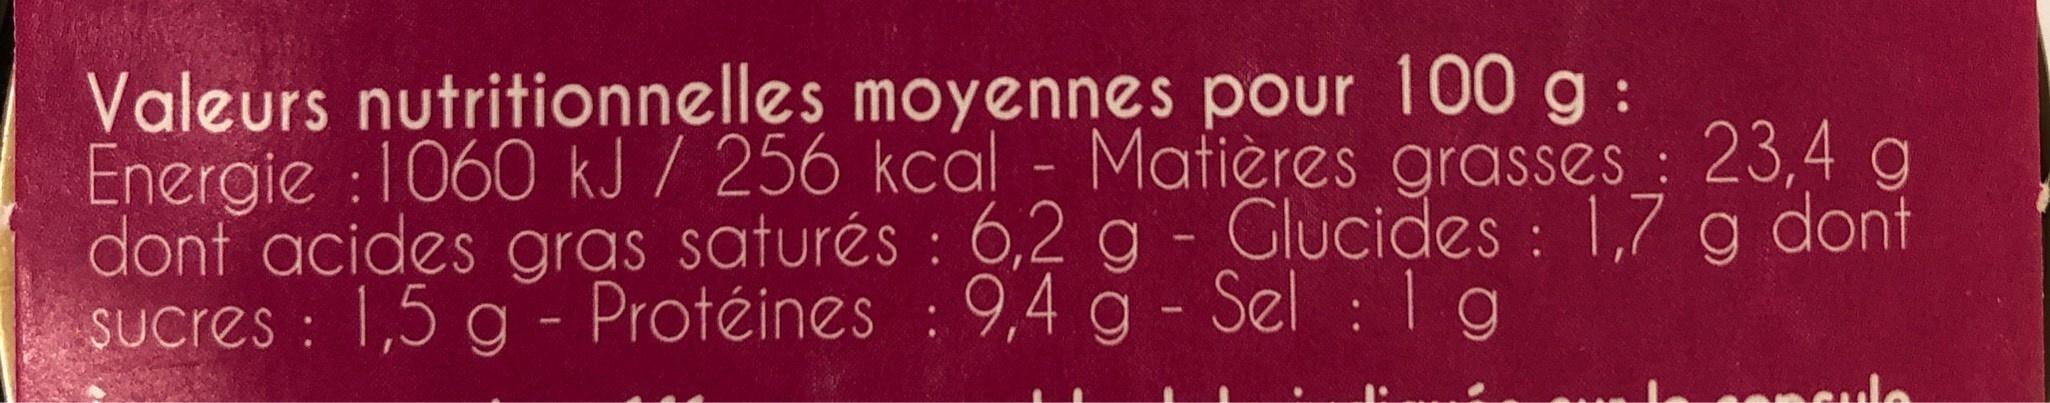
Valeurs nutritionnelles moyennes pour 100 g: Energie :1060 kJ / 256 kcal - Mafières grasses : 23,4 g dont acides gras saturés : 6,2 g - Glucides : 1,7 g dont Sucres : 1,5 g - Protéines : 9,4 g - Sel : 1 g